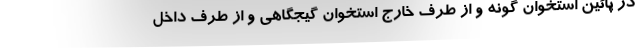
در پائین استخوان گونه و از طرف خارج استخوان گیجگاهی و از طرف داخل